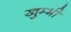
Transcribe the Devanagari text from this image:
खुम्भी